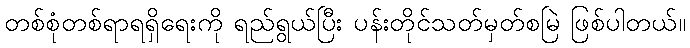
တစ်စုံတစ်ရာရရှိရေးကို ရည်ရွယ်ပြီး ပန်းတိုင်သတ်မှတ်စမြဲ ဖြစ်ပါတယ်။